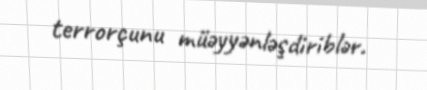
terrorçunu müəyyənləşdiriblər.